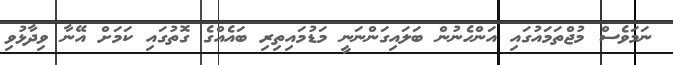
ނަމަވެސް މުޖްތަމައުގައި އަންހެނުން ބަލައިގަންނަނީ މަޑުމައިތިރި ބައެއްގެ ގޮތުގައި ކަމަށް އޭނާ ވިދާޅުވި